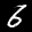
Label: 6